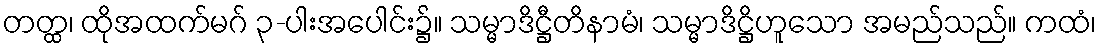
တတ္ထ၊ ထိုအထက်မဂ် ၃-ပါးအပေါင်း၌။ သမ္မာဒိဋ္ဌီတိနာမံ၊ သမ္မာဒိဋ္ဌိဟူသော အမည်သည်။ ကထံ၊